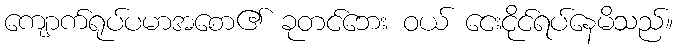
ကျောက်ရုပ်ပမာအစော၏ ခုတင်ဘေး ဝယ် ငေးငိုင်ရပ်နေမိသည်။